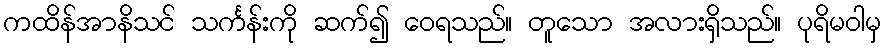
ကထိန်အာနိသင် သင်္ကန်းကို ဆက်၍ ဝေရသည်။ တူသော အလားရှိသည်။ ပုရိမဝါမှ